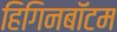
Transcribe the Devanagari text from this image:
हिगिनबॉटम